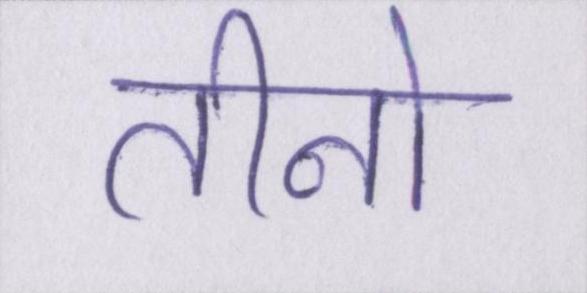
तीनो